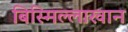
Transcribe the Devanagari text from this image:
बिस्मिल्लाखान